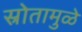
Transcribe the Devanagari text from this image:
स्रोतामुळे